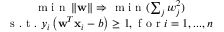
\begin{array} { c } { \mathrm { ~ m ~ i ~ n ~ } \left\| \bf { w } \right\| \Rightarrow \mathrm { ~ m ~ i ~ n ~ } ( \sum _ { j } w _ { j } ^ { 2 } ) } \\ { \mathrm { ~ s ~ . ~ t ~ . ~ } y _ { i } \left( \mathbf { w } ^ { T } \mathbf { x } _ { i } - b \right) \geq 1 , \mathrm { ~ f ~ o ~ r ~ } i = 1 , . . . , n } \end{array}